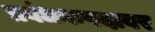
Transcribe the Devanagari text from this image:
प्रबंधकपदावर